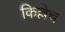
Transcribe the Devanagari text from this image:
किल्लेच